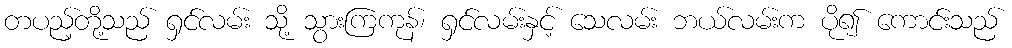
တပည့်တို့သည် ရှင်လမ်း သို့ သွားကြကုန်၊ ရှင်လမ်းနှင့် သေလမ်း ဘယ်လမ်းက ပို၍ ကောင်းသည်